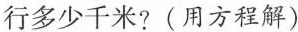
行多少千米?(用方程解)